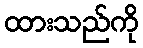
ထားသည်ကို